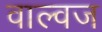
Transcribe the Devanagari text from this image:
वाल्वज